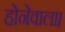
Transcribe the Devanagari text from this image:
होनेवाला।